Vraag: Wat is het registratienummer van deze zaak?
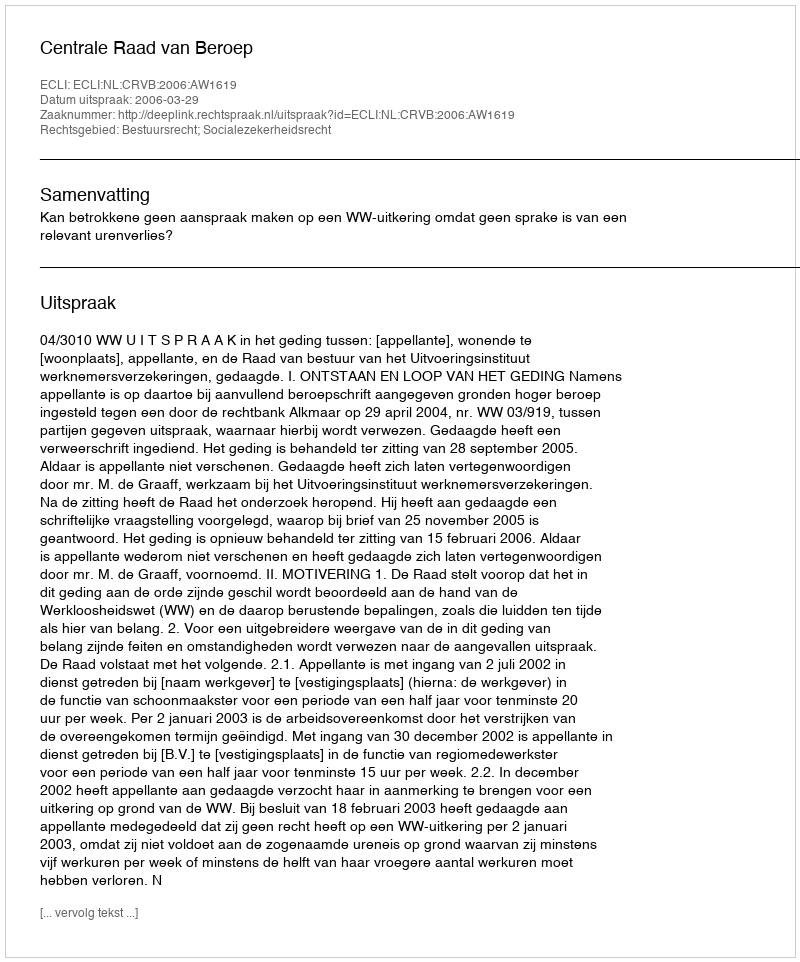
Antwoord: http://deeplink.rechtspraak.nl/uitspraak?id=ECLI:NL:CRVB:2006:AW1619